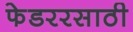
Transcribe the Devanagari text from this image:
फेडररसाठी